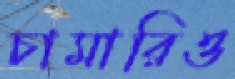
চামারিও